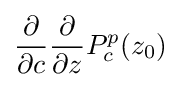
{\frac {\partial }{\partial {c}}}{\frac {\partial }{\partial {z}}}P_{c}^{p}(z_{0})